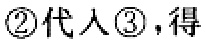
\textcircled{2}代入\textcircled{3}，得